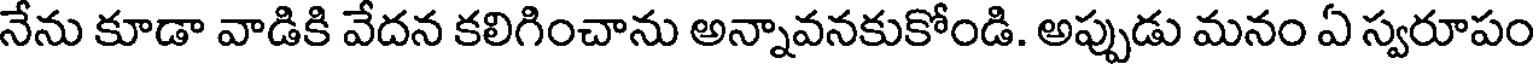
నేను కూడా వాడికి వేదన కలిగించాను అన్నావనకుకోండి. అప్పుడు మనం ఏ స్వరూపం